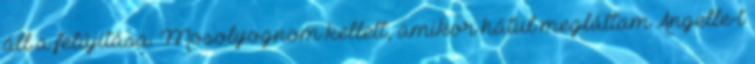
áll a felújítása. Mosolyognom kellett, amikor hátul megláttam Angelle-t